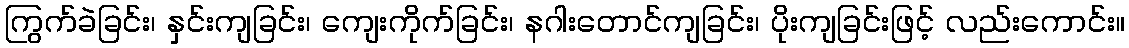
ကြွက်ခဲခြင်း၊ နှင်းကျခြင်း၊ ကျေးကိုက်ခြင်း၊ နဂါးတောင်ကျခြင်း၊ ပိုးကျခြင်းဖြင့် လည်းကောင်း။